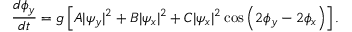
\frac { d \phi _ { y } } { d t } = g \left[ A | \psi _ { y } | ^ { 2 } + B | \psi _ { x } | ^ { 2 } + C | \psi _ { x } | ^ { 2 } \cos \left( 2 \phi _ { y } - 2 \phi _ { x } \right) \right] .